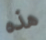
هذه